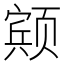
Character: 𱂸